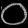
Digit: ၀